system: You are a helpful assistant.
user:
Analyze the provided spectrum to determine if it is a **White Dwarf (WD)**.

A White Dwarf spectrum is defined by its **extreme purity** (due to gravitational settling) and/or **extreme pressure broadening** (due to high surface gravity). You must check for one of the following mutually exclusive signatures:

- **Key Visual Indicators (Check for ONE of these types):**

    - **1. DA-Type Signature (Most Common):**
        - **(Primary Feature):** Extreme pressure broadening (Stark broadening) of the **Hydrogen (H) Balmer lines**.
        - **(Key Lines):** $H\beta$ (approx. $4861$ Å) and $H\gamma$ (approx. $4340$ Å). $H\alpha$ (approx. $6563$ Å) will also be present if the wavelength range covers it.
        - **(Line Profile):** This is the **defining feature**. The lines are **NOT** sharp. They appear as massive, **extremely broad and deep "troughs" or "dips"** in the spectrum, often hundreds of Ångströms wide. The continuum will appear to "scoop" down at these wavelengths.
        - **(Distinction):** Normal A-type or B-type stars have *narrow* and *sharp* Hydrogen lines. A DA White Dwarf's lines are unmistakably "smeared" or "blurry" from pressure.

    - **2. DB-Type Signature:**
        - **(Primary Feature):** Broad absorption lines from **Neutral Helium (He I)**. The spectrum must lack any visible Hydrogen lines.
        - **(Key Lines):** Look for broad absorption near $4471$ Å, $4921$ Å, and $5876$ Å.
        - **(Line Profile):** These lines are also significantly pressure-broadened, appearing much wider than they would in a normal B-type main-sequence star.

    - **3. DC-Type Signature:**
        - **(Primary Feature):** A **featureless continuous spectrum**.
        - **(Line Profile):** The spectrum is a smooth curve with **no significant absorption or emission lines**.
        - **(Key Confirmation):** The continuum is almost always **blue or white**, indicating a hot object. This signature implies the atmosphere is so pure (or so cool) that no spectral lines are visible in the optical range. Its WD identity is confirmed by its extremely low intrinsic brightness (high absolute magnitude).

    - **4. DZ-Type Signature (Metal-Polluted):**
        - **(Primary Feature):** **Isolated, narrow metal absorption lines** on an otherwise featureless (DC-like) continuum.
        - **(Key Lines):** The **Calcium (Ca II) H & K doublet** (approx. **$3934$ Å** and **$3968$ Å**) is the most common and defining feature.
        - **(Line Profile):** These lines are "out of place." They are *not* part of a "forest" of thousands of lines. This signature is evidence of recent *accretion* (pollution) from rocky debris.
        - **(Distinction):** Normal G/K/M stars have a *dense forest* of thousands of metal lines. A DZ has a *clean* continuum with *only a few* strong metal lines.

    - **5. DQ-Type Signature (Carbon-Polluted):**
        - **(Primary Feature):** Absorption bands from **Carbon (C₂ "Swan Bands" or atomic C I)**.
        - **(Key Lines - C₂):** Look for bandheads with a "saw-tooth" shape near $5635$ Å, **$5165$ Å** (strongest), and $4737$ Å.
        - **(Key Confirmation):** The underlying **continuum must be blue or white** (hot).
        - **(Distinction):** This is the critical difference from a **Carbon Star**, which has the *exact same* C₂ bands but on an extremely **red, cool** continuum.

- **(Overall Spectrum):**
    - The continuum (overall shape) is typically **blue-sloping** (brighter in the blue than the red), as most white dwarfs are very hot.
    - The spectrum will look "pure" or "simple," dominated by only *one* of the five signatures listed above.

Think first, call **spectral_visualization_tool** if needed to examine features in detail, then provide your final answer. Your response must adhere to the following strict rules:
1.  **Overall Structure:** Your response must follow the format `<think>...</think> <tool_call>...</tool_call> (if a tool is used) <answer>...</answer>`.
2.  **Tool Usage Constraint:** You may only make **one** tool call per turn.
3.  **Final Answer Format:** In the `<answer>` tag, your conclusion must be inside a `\boxed{}` command (e.g., `\boxed{YES}` or `\boxed{NO}`), followed by your justification.

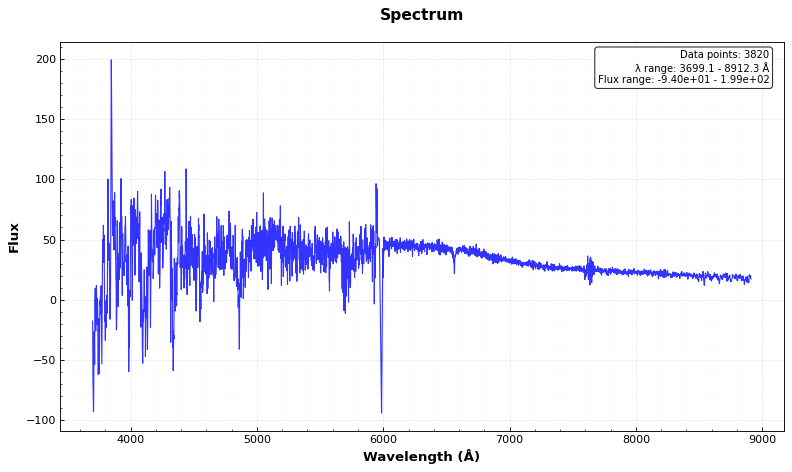
Answer: YES